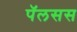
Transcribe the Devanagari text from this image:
पॅलसस